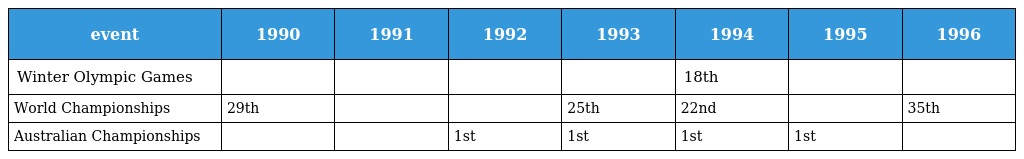
| event | 1990 | 1991 | 1992 | 1993 | 1994 | 1995 | 1996 |
 | --- | --- | --- | --- | --- | --- | --- | --- |
 | Winter Olympic Games |  |  |  |  | 18th |  |  |
 | World Championships | 29th |  |  | 25th | 22nd |  | 35th |
 | Australian Championships |  |  | 1st | 1st | 1st | 1st |  |